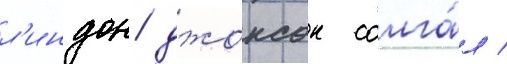
л'индон джонсон солга́л /